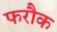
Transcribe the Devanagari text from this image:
फरौक